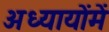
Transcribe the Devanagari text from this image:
अध्यायोंमें